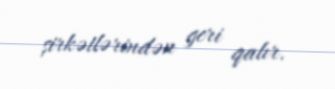
şirkətlərindən geri qalır.